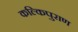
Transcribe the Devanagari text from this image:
कल्किपुराण